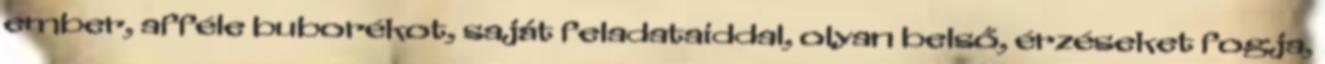
ember, afféle buborékot, saját feladataiddal, olyan belső, érzéseket fogja,